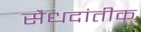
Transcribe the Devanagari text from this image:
सैधदांतीक